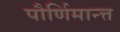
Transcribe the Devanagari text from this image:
पौर्णिमान्त्त